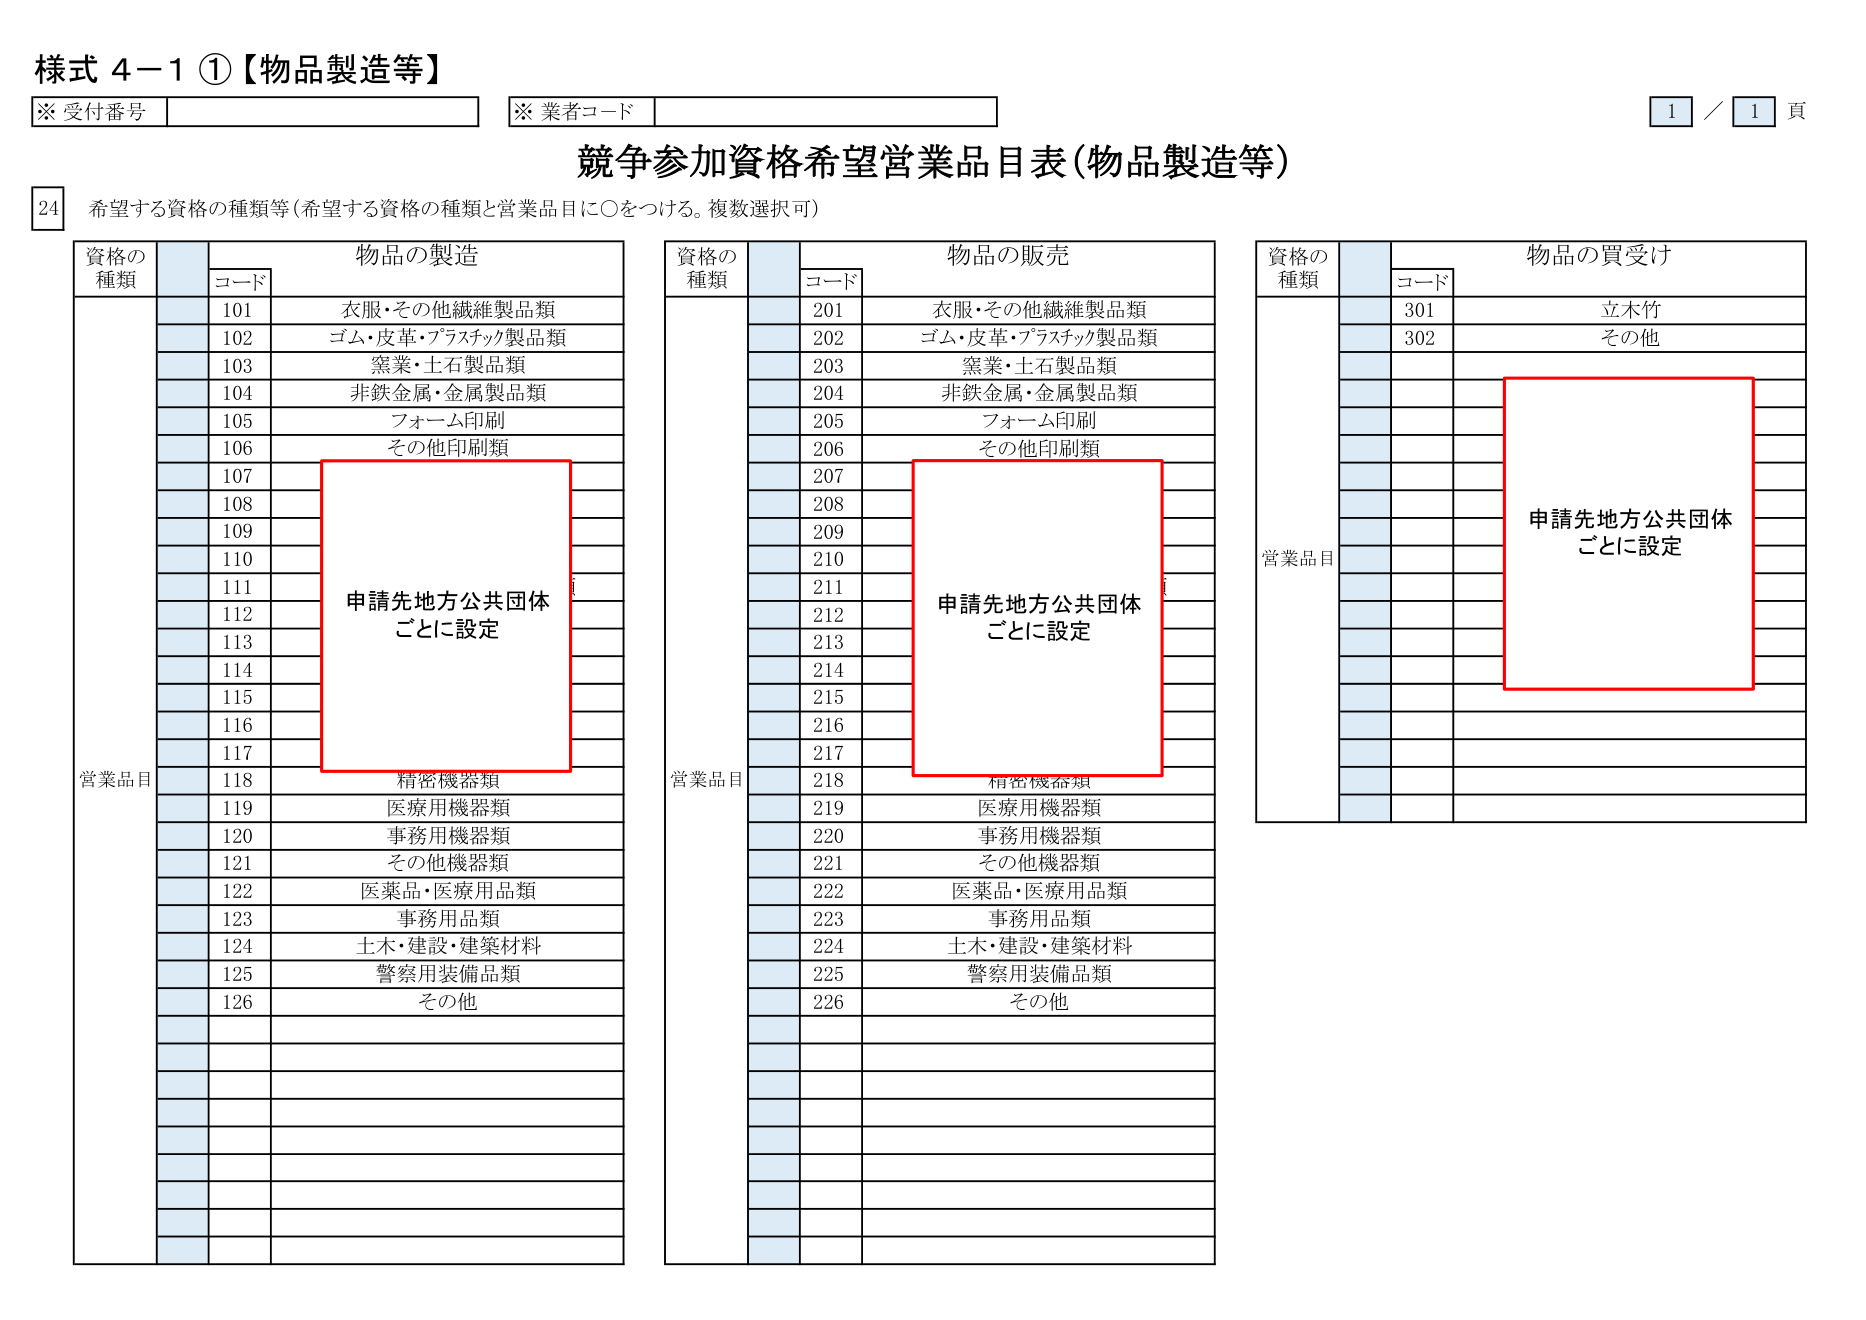
様式 4-1 ①【物品製造等】

※ 受付番号
※ 業者コード
1 / 1 頁

競争参加資格希望営業品目表（物品製造等）

24 希望する資格の種類等（希望する資格の種類と営業品目に○をつける。複数選択可）

物品の製造
資格の種類 コード
101 衣服・その他繊維製品類
102 ゴム・皮革・プラスチック製品類
103 窯業・土石製品類
104 非鉄金属・金属製品類
105 フォーム印刷
106 その他印刷類
107
108
109
110
111
112
113
114
115
116
117
118 精密機器類
119 医療用機器類
120 事務用機器類
121 その他機器類
122 医薬品・医療用品類
123 事務用品類
124 土木・建設・建築材料
125 警察用装備品類
126 その他

物品の販売
資格の種類 コード
201 衣服・その他繊維製品類
202 ゴム・皮革・プラスチック製品類
203 窯業・土石製品類
204 非鉄金属・金属製品類
205 フォーム印刷
206 その他印刷類
207
208
209
210
211
212
213
214
215
216
217
218 精密機器類
219 医療用機器類
220 事務用機器類
221 その他機器類
222 医薬品・医療用品類
223 事務用品類
224 土木・建設・建築材料
225 警察用装備品類
226 その他

物品の買受け
資格の種類 コード
301 立木竹
302 その他

申請先地方公共団体
ごとに設定

営業品目
申請先地方公共団体
ごとに設定

営業品目
申請先地方公共団体
ごとに設定